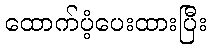
ထောက်ပံ့ပေးထားပြီး